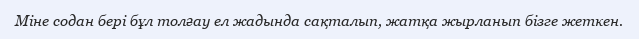
Міне содан бері бұл толғау ел жадында сақталып, жатқа жырланып бізге жеткен.